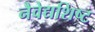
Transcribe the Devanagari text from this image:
नैवेद्यशिष्ट